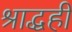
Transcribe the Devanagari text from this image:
श्राद्धही